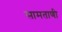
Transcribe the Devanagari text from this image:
सामताणी